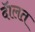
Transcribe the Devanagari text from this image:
दॅालत